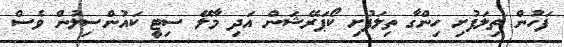
ފަހުން ތިލަފުށި ހިންގާ ތިލަފުށި ކޯޕަރޭޝަން އަދި މާލޭ ސިޓީ ކައުންސިލުން ވެސް